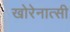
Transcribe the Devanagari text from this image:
खोरेनात्सी